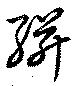
絣